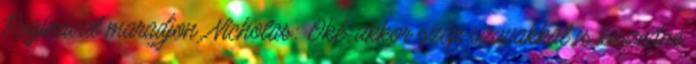
Reginával maradjon. Nicholas: Oké, akkor szép szavakkal is kiszedné